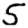
Digit: 5